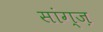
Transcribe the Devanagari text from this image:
सांग्ज़